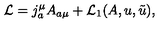
{ \cal L } = j _ { a } ^ { \mu } A _ { a \mu } + { \cal L } _ { 1 } ( A , u , \tilde { u } ) ,